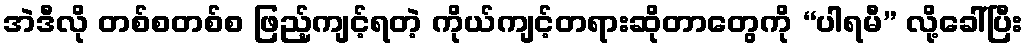
အဲဒီလို တစ်စတစ်စ ဖြည့်ကျင့်ရတဲ့ ကိုယ်ကျင့်တရားဆိုတာတွေကို “ပါရမီ” လို့ခေါ်ပြီး